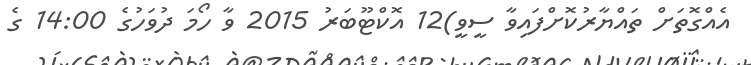
އެއްގޮތަށް ތައްޔާރުކޮށްފައިވާ ސީވީ)12 އޮކްޓޫބަރު 2015 ވާ ހޯމަ ދުވަހުގެ 14:00 ގެ